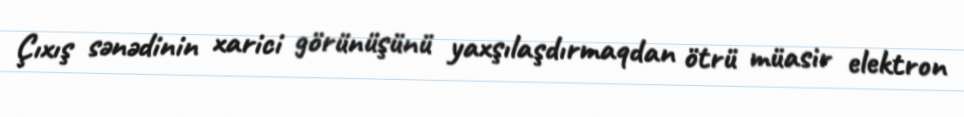
Çıxış sənədinin xarici görünüşünü yaxşılaşdırmaqdan ötrü müasir elektron